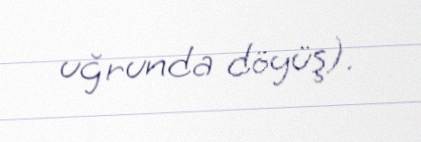
uğrunda döyüş).